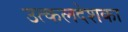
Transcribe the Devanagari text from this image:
उत्कलदेशका